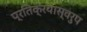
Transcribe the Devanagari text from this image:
प्रतिक्रयास्वरुप